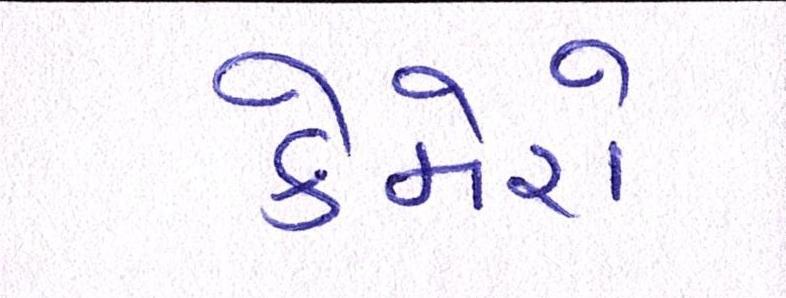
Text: કેમેરો